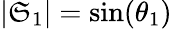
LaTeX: |\mathfrak{S}_{1}|=\sin(\theta_{1})